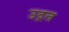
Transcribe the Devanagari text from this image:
उद्गत